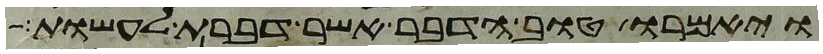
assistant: ויאמרו טוב הדבר אשר דברת לעשות